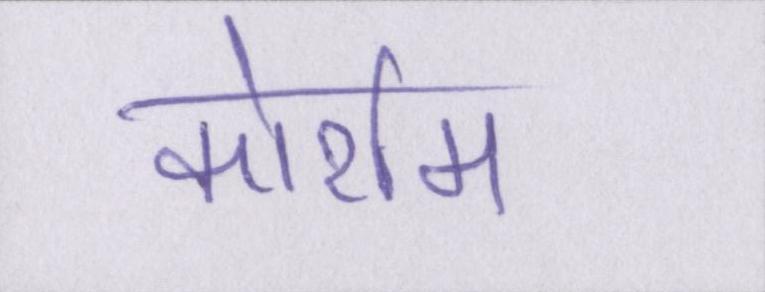
कोर्राम